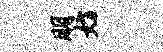
朋妨